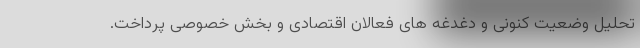
تحلیل وضعیت کنونی و دغدغه های فعالان اقتصادی و بخش خصوصی پرداخت.